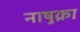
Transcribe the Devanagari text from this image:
नाषुक्रा